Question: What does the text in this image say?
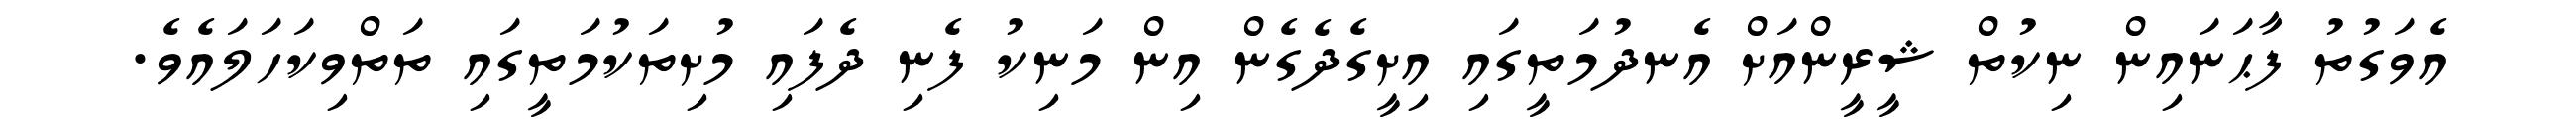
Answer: އެވަގުތު ފާޙަނައިން ނިކުތް ޝީރީންއަށް އެނދުމަތީގައި އިށީގެދެގެން އިން މަނިކު ފެނި ދެފައި މުށިތަކުމަތީގައި ތަތްވިކަހަލައެވެ.